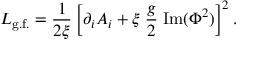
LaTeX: { \cal L } _ { \mathrm { g . f . } } = \frac { 1 } { 2 \xi } \left[ \partial _ { i } A _ { i } + \xi \; \frac { g } { 2 } \; \mathrm { I m } ( \Phi ^ { 2 } ) \right] ^ { 2 } .